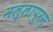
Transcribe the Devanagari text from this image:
मल्लापुरम्